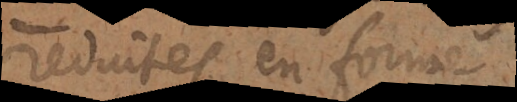
reduites en form